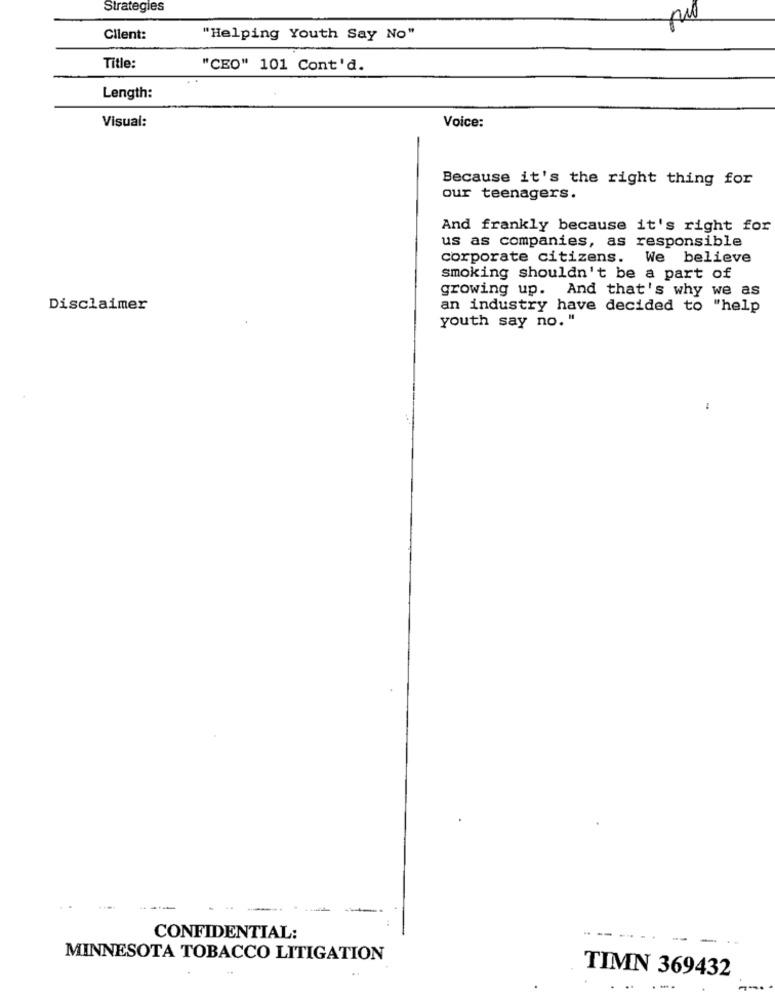
Strategies
Client:
"Helping Youth Say No"
Title:
"CEO" 101 Cont'd.
Length:
Visual:
Voice:
Because it's the right thing for
our teenagers.
And frankly because it's right for
us as companies, as responsible
corporate citizens.
We believe
smoking shouldn't be a part of
growing up. And that's why we as
Disclaimer
an industry have decided to "help
youth say no. "
CONFIDENTIAL:
MINNESOTA TOBACCO LITIGATION
TIMN 369432
...